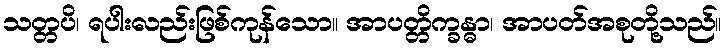
သတ္တပိ၊ ရပါးလည်းဖြစ်ကုန်သော။ အာပတ္တိက္ခန္ဓာ၊ အာပတ်အစုတို့သည်။